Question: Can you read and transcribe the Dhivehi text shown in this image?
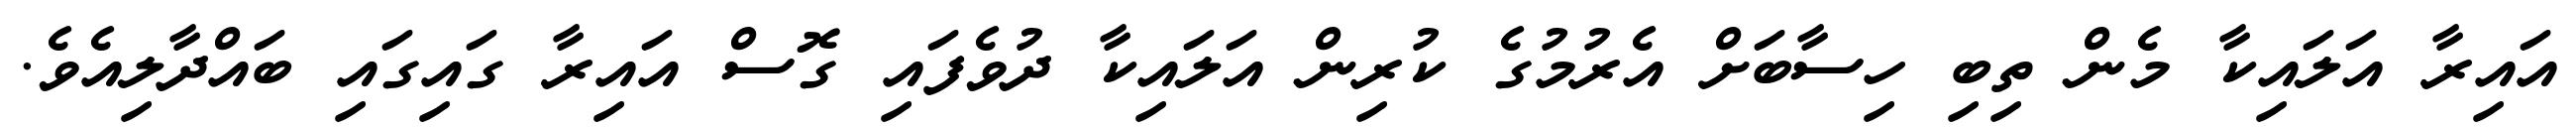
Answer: އައިރާ އަލައިކާ މެން ތިބި ހިސާބަށް އެރުމުގެ ކުރިން އަލައިކާ ދުވެފައި ގޮސް އައިރާ ގައިގައި ބައްދާލިއެވެ.